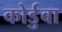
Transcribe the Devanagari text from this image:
कोर्डुबा